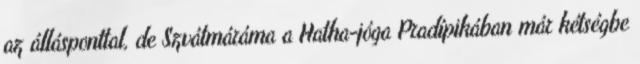
az állásponttal, de Szvátmáráma a Hatha-jóga Pradípikában már kétségbe